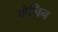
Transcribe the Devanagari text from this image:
मेनिन